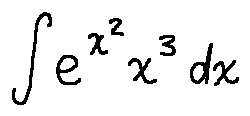
\int e ^ { x ^ { 2 } } x ^ { 3 } d x